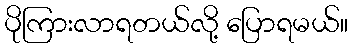
ပိုကြားလာရတယ်လို့ ပြောရမယ်။